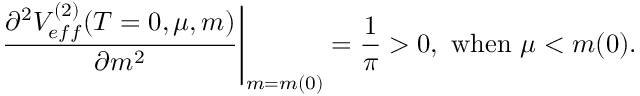
\left. \frac { \partial ^ { 2 } V _ { e f f } ^ { ( 2 ) } ( T = 0 , \mu , m ) } { \partial m ^ { 2 } } \right| _ { m = m ( 0 ) } = \frac { 1 } { \pi } > 0 , \ \mathrm { w h e n } \ \mu < m ( 0 ) .